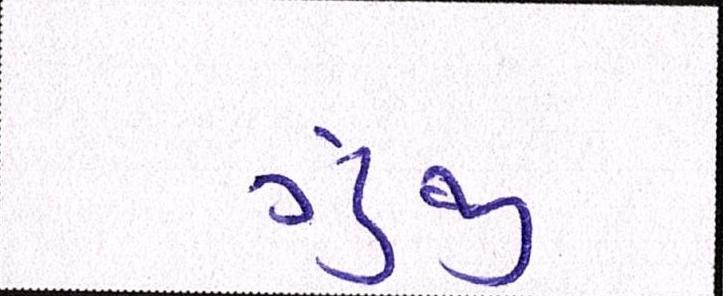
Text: ગુંજી